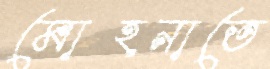
মোহনাতে